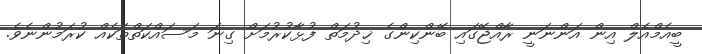
ބީއެމްއެލް އިން އަންނަނީ ރާއްޖޭގައި ބޭންކިންގެ ޚިދުމަތް ފުޅާކުރުމަށް ގިނަ މަސައްކަތްތަކެއް ކުރަމުންނެވެ.